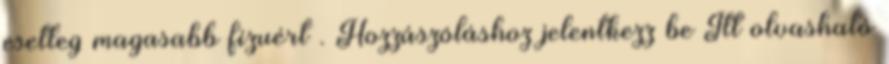
esetleg magasabb fizuért . Hozzászóláshoz jelentkezz be Itt olvasható